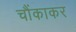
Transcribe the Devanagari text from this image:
चौंकाकर